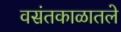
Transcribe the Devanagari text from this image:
वसंतकाळातले